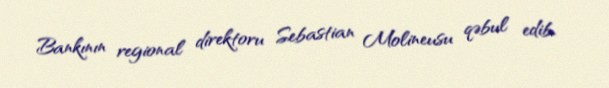
Bankının regional direktoru Sebastian Molineusu qəbul edib.